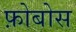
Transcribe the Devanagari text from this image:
फ़ोबोस